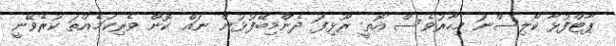
ޕާޓްފުޅާ ކޯލިސްނަ މިހާރުވެސް އޮތީ ރޫޅިފަ ދެންމިބޭފުޅުން ނައް ކޮން ވެރިކަމެއްތަ ކުރެވޭނީ